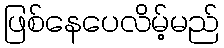
ဖြစ်နေပေလိမ့်မည်